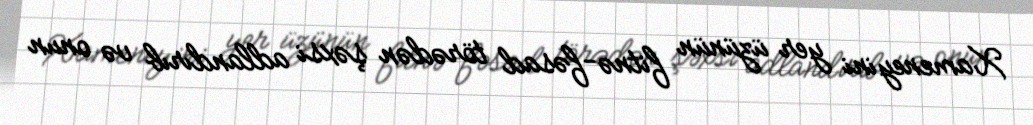
Xameneyini yer üzünün fitnə-fəsad törədən şəxsi adlandırıb və onun